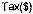
TAX($)